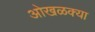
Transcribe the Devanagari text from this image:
ओखळक्या